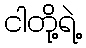
ငါတို့ရဲ့